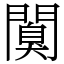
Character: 𨶑